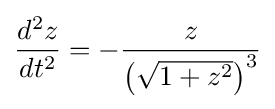
{\frac {d^{2}z}{dt^{2}}}=-{\frac {z}{\left({\sqrt {1+z^{2}}}\right)^{3}}}